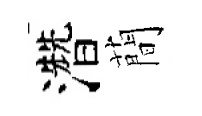
濳蕳